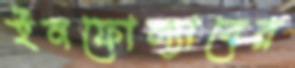
ইনফোল্যাবের